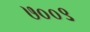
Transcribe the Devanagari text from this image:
७००९